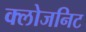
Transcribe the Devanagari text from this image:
क्लोजनिट